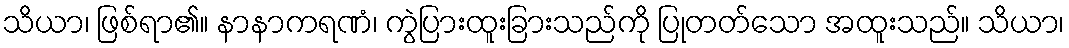
သိယာ၊ ဖြစ်ရာ၏။ နာနာကရဏံ၊ ကွဲပြားထူးခြားသည်ကို ပြုတတ်သော အထူးသည်။ သိယာ၊